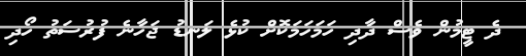
ދެ ޓީމުން ވެސް ދާދި ހަމަހަމަކޮށް ކުޅެ ލަނޑު ޖަހާނެ ފުރުސަތު ހޯދި